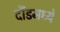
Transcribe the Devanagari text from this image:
दौंडमध्ये